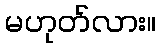
မဟုတ်လား။